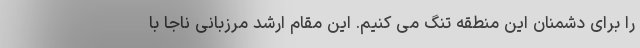
را برای دشمنان این منطقه تنگ می کنیم. این مقام ارشد مرزبانی ناجا با